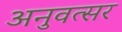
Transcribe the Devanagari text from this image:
अनुवत्सर